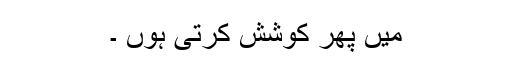
میں پھر کوشش کرتی ہوں ۔